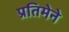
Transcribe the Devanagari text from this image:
प्रतिमेने